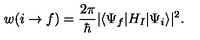
w ( i \rightarrow f ) = { \frac { 2 \pi } { \hbar } } | \langle \Psi _ { f } | H _ { I } | \Psi _ { i } \rangle | ^ { 2 } .